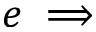
e \implies